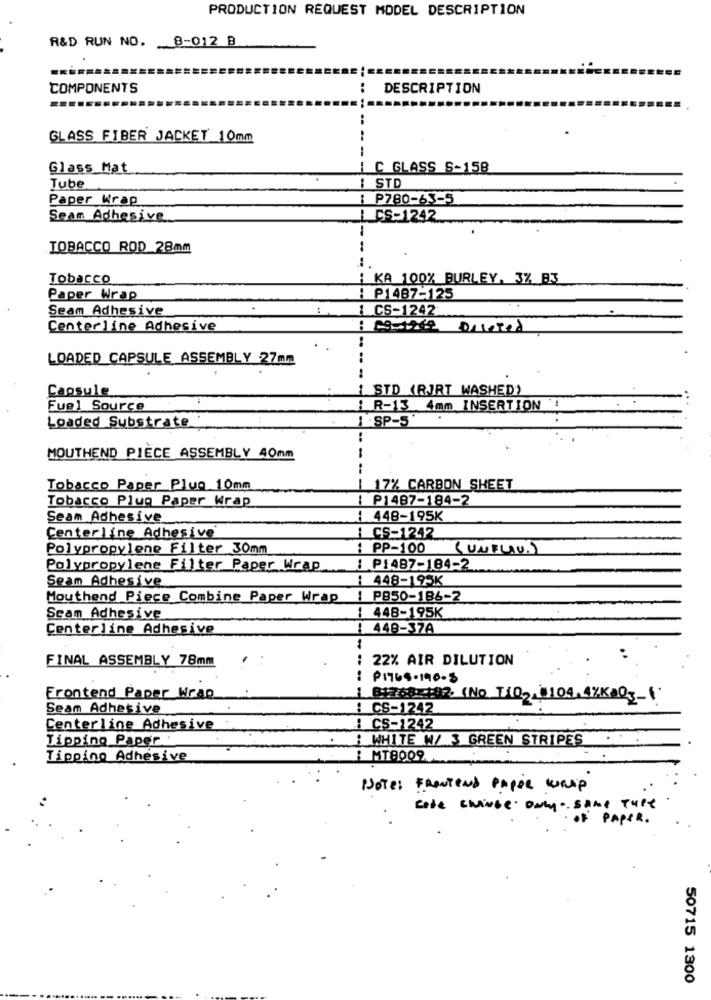
PRODUCTION REQUEST MODEL DESCRIPTION
R&D RUN NO. 8-012 B
COMPONENTS
DESCRIPTION
GLASS FIBER JACKET 10mm
.. ..
--
Glass Mat
C GLASS S-158
Tube
1 STD
Paper Wrap
: P780-63-5
Sean Adhesive
I CS-1242
TOBACCO ROD 28mm
1
Tobacco
¡ KA 100% BURLEY, 3% B3
Paper Wrap
:P1487-125
Seam Adhesive
: CS-1242
Centerline Adhesive
: 09-1212 Deleted
LOADED CAPSULE ASSEMBLY 27mm
Capsule
STD (RJRT WASHED)
Fuel Source
R-13 4mm INSERTION !
1 .SP-5
Loaded Substrate
MOUTHEND PIÈCE ASSEMBLY 40mm
-
Tobacco Paper Plug 10mm
17% CARBON SHEET
Tobacco Plug Paper Wrap
P1487-184-2
Seam Adhesive
448-195K
CS-1242
Centerline Adhesive
Polypropylene Filter 30mm
: PP-100
(UNFLAU.)
Polypropylene Filter Paper Wrap
: P1487-184-2
Seam Adhesive
1 448-195K
Mouthend Piece Combine Paper Wrap
1
P850-186-2
Seam Adhesive
448-195K
Centerline Adhesive
448-37A
1
FINAL ASSEMBLY 78mm
:
22% AIR DILUTION
Frontend Paper Wrap
81768=102. (No TIO2_104.4ZKO3-1.
Seam Adhesive
: CS-1242
Centerline Adhesive
i CS-1242
Tipping Paper
i WHITE W/ 3 GREEN STRIPES
Tipping Adhesive
MT8009
-
Note: FRONTEND PAPER WRAP
code ENINGE . Only . Same TUPe
PAPER .
50715 1300